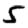
Digit: 5